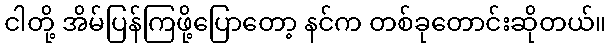
ငါတို့ အိမ်ပြန်ကြဖို့ပြောတော့ နင်က တစ်ခုတောင်းဆိုတယ်။